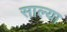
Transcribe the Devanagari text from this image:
साल्या